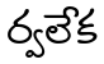
ర్వలేక